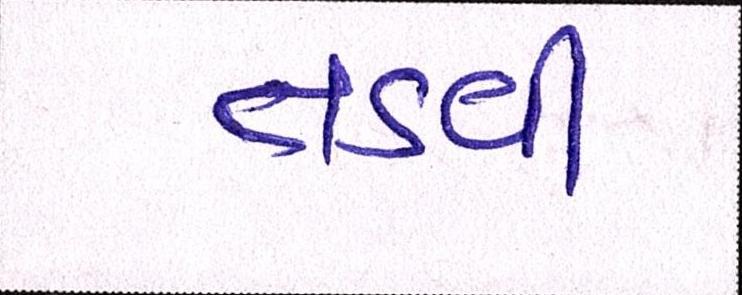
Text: તડવી